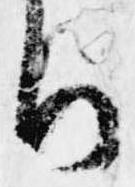
ち